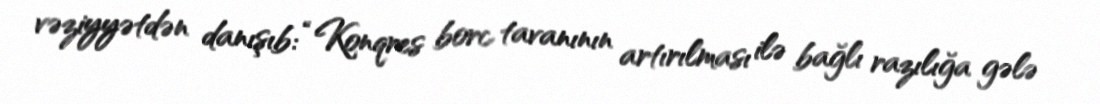
vəziyyətdən danışıb: “Konqres borc tavanının artırılması ilə bağlı razılığa gələ